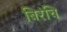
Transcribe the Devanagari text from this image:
बिरंचि